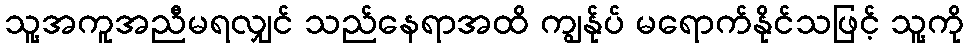
သူ့အကူအညီမရလျှင် သည်နေရာအထိ ကျွန်ုပ် မရောက်နိုင်သဖြင့် သူ့ကို